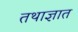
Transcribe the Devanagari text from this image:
तथाज्ञात